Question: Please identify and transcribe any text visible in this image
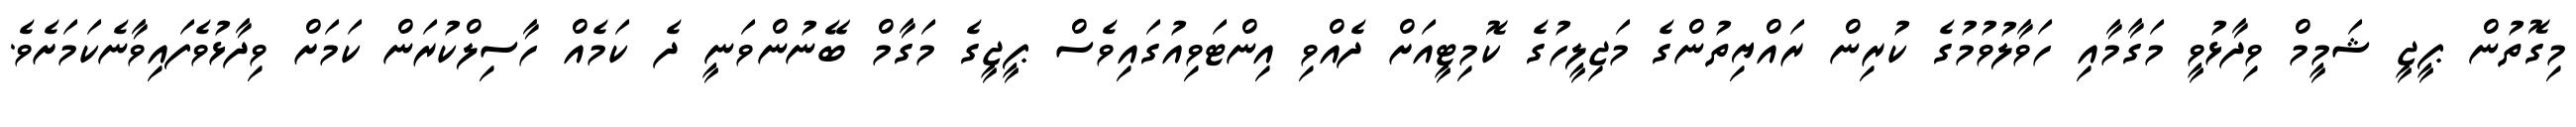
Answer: މިގޮތުން ޕީޖީ ޝަމީމް ވިދާޅުވީ މަގާމާއި ހަވާލުވުމުގެ ކުރިން ރައްޔިތުންގެ މަޖިލީހުގެ ކޮމިޓީއަށް ދެއްވި އިންޓަވިއުގައިވެސް ޕީޖީގެ މަގާމް ބޭނުންވަނީ ދެ ކަމެއް ހާސިލްކުރަން ކަމަށް ވިދާޅުވެފައިވާނެކަމަށެވެ.